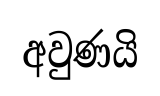
අවුණයි